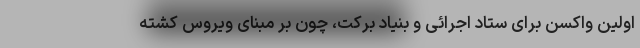
اولین واکسن برای ستاد اجرائی و بنیاد برکت، چون بر مبنای ویروس کشته